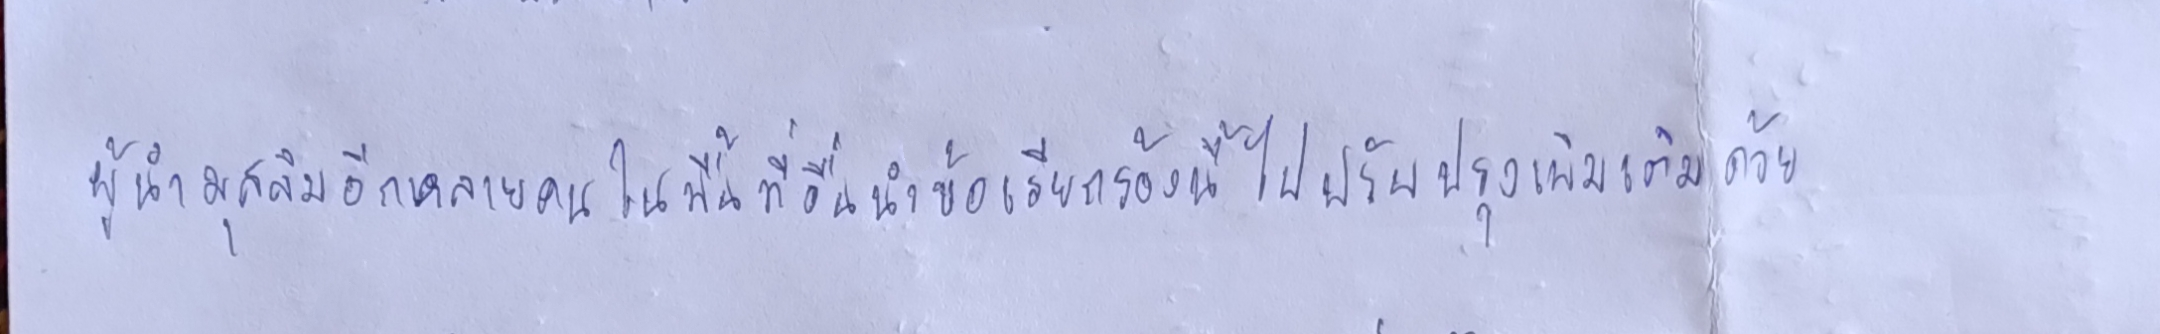
ผู้นำมุสลิมอีกหลายคนในพื้นที่อื่นนำข้อเรียกร้องนี้ไปปรับปรุงเพิ่มเติมด้วย